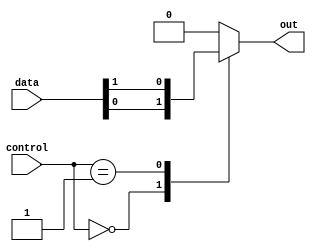
module mux64x1 (
    input [63:0] data,
    input [5:0] control,
    output reg out
);

always @(*) begin
    case(control)
        6'b000000: out = data[0];
        6'b000001: out = data[1];
        // Continue defining cases for the remaining 62 input signals
        default: out = 1'b0; // default case to ensure only one input signal is selected
    endcase
end

endmodule